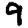
Digit: 9